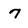
Character: 7